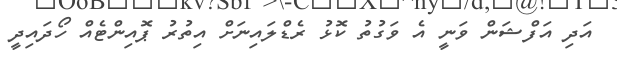
އަދި އަފްޝަން ވަނީ އެ ވަގުތު ކޮޅު ރެޑްލައިނަށް އިތުރު ޕޮއިންޓެއް ހޯދައިދީ